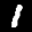
Label: 1